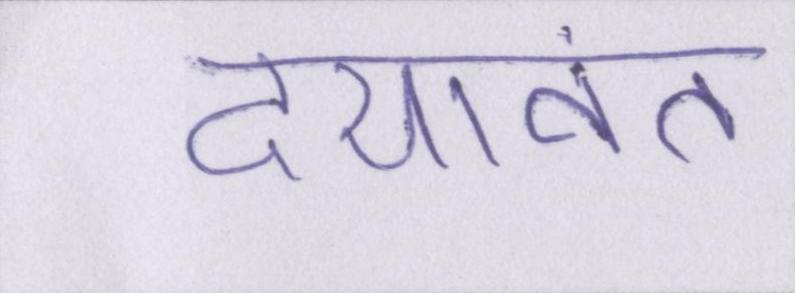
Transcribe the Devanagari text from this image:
दयावंत